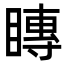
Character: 䁣